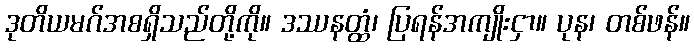
ဒုတိယမဂ်အစရှိသည်တို့ကို။ ဒဿနတ္ထံ၊ ပြရန်အကျိုးငှာ။ ပုန၊ တစ်ဖန်။